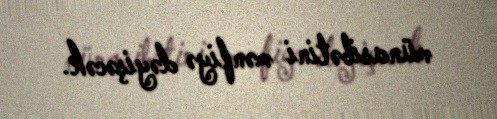
münasibətini mənfiyə dəyişəcək.